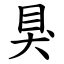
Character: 狊